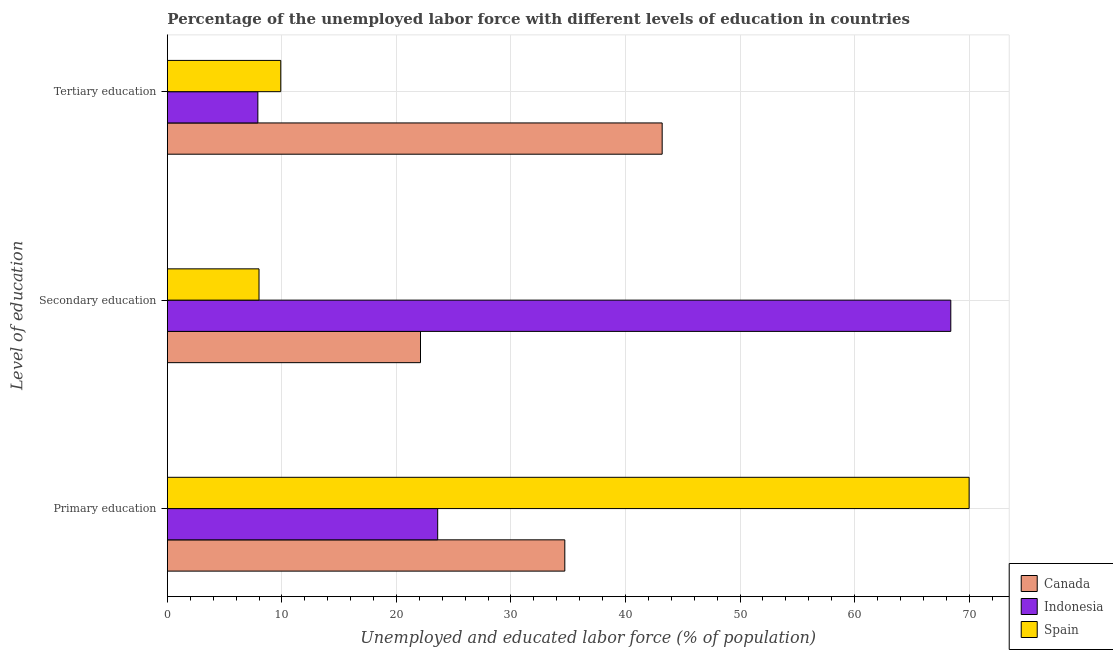
| Level of education | Canada | Indonesia | Spain |
 | --- | --- | --- | --- |
 | Primary education | 34.7 | 23.6 | 70 |
 | Secondary education | 22.1 | 68.4 | 8 |
 | Tertiary education | 43.2 | 7.9 | 9.9 |